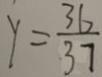
y = \frac { 3 6 } { 3 7 }